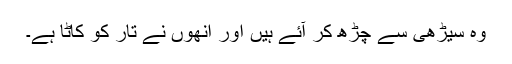
وہ سیڑھی سے چڑھ کر آئے ہیں اور اُنھوں نے تار کو کاٹا ہے۔